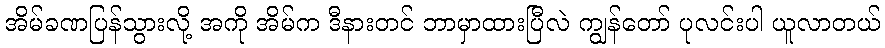
အိမ်ခဏပြန်သွားလို့ အကို အိမ်က ဒီနားတင် ဘာမှာထားပြီလဲ ကျွန်တော် ပုလင်းပါ ယူလာတယ်